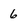
Character: 6